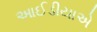
આઈડીયાએ